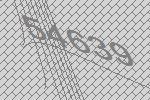
54639